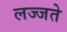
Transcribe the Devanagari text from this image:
लज्जते